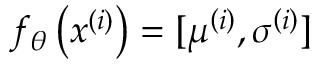
f _ { \theta } \left( x ^ { ( i ) } \right) = [ \mu ^ { \left( i \right) } , \sigma ^ { \left( i \right) } ]